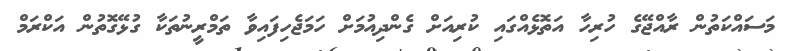
މަސައްކަތުން ރާއްޖޭގެ ހުރިހާ އަތޮޅެއްގައި ކުރިއަށް ގެންދިއުމަށް ހަމަޖެހިފައިވާ ތަމްރީނުތަކާ ގުޅޭގޮތުން އަކްރަމް